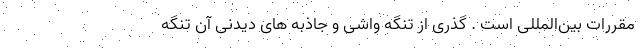
مقررات بین‌المللی است . گذری از تنگه واشی و جاذبه های دیدنی آن تنگه